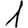
Digit: 1